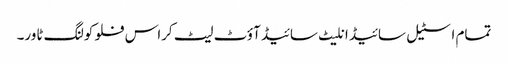
تمام اسٹیل سائیڈ انلیٹ سائیڈ آؤٹ لیٹ کراس فلو کولنگ ٹاور۔